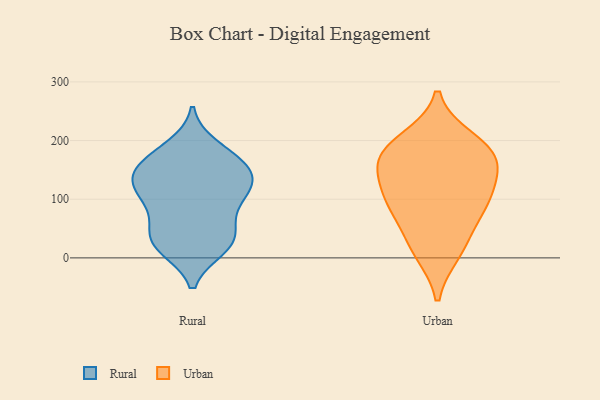
{"axis": {"x": "Inventory Turnover", "y": "Value"}, "legend": ["Rural", "Urban"], "data": [{"x": "", "y": 117, "type": "Rural"}, {"x": "", "y": 41, "type": "Rural"}, {"x": "", "y": 172, "type": "Rural"}, {"x": "", "y": 171, "type": "Rural"}, {"x": "", "y": 100, "type": "Rural"}, {"x": "", "y": 17, "type": "Rural"}, {"x": "", "y": 126, "type": "Rural"}, {"x": "", "y": 133, "type": "Rural"}, {"x": "", "y": 141, "type": "Rural"}, {"x": "", "y": 189, "type": "Rural"}, {"x": "", "y": 87, "type": "Rural"}, {"x": "", "y": 29, "type": "Rural"}, {"x": "", "y": 29, "type": "Rural"}, {"x": "", "y": 107, "type": "Rural"}, {"x": "", "y": 154, "type": "Rural"}, {"x": "", "y": 17, "type": "Rural"}, {"x": "", "y": 57, "type": "Rural"}, {"x": "", "y": 147, "type": "Rural"}, {"x": "", "y": 169, "type": "Urban"}, {"x": "", "y": 108, "type": "Urban"}, {"x": "", "y": 172, "type": "Urban"}, {"x": "", "y": 159, "type": "Urban"}, {"x": "", "y": 183, "type": "Urban"}, {"x": "", "y": 115, "type": "Urban"}, {"x": "", "y": 200, "type": "Urban"}, {"x": "", "y": 84, "type": "Urban"}, {"x": "", "y": 11, "type": "Urban"}, {"x": "", "y": 86, "type": "Urban"}, {"x": "", "y": 25, "type": "Urban"}]}